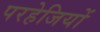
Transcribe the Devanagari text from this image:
परहेजियों